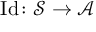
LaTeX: \operatorname { I d } \colon { \mathcal { S } } \to { \mathcal { A } }